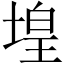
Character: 堭